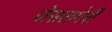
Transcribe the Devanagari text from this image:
जेसलमेरी